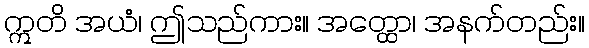
ဣတိ အယံ၊ ဤသည်ကား။ အတ္ထော၊ အနက်တည်း။